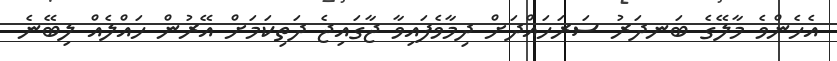
އެހެންވެ މާލޭގެ ބަނދަރު ސަރަހައްދަށް ދިމާވެފައިވާ ޖާގައިޖެ ދަތިކަމަށް އޭރުން ހައްލެއް ލިބޭނެ